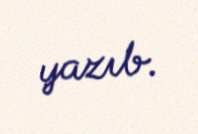
yazıb.